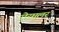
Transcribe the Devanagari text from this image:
रोरमुलर